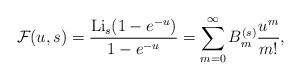
LaTeX: \begin{align*}\mathcal{F}(u,s)=\frac{{\rm Li}_{s}(1-e^{-u})}{1-e^{-u}}=\sum_{m=0}^\infty B_m^{(s)}\frac{u^m}{m!}, \end{align*}